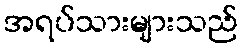
အရပ်သားများသည်